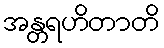
အန္တရဟိတာတိ